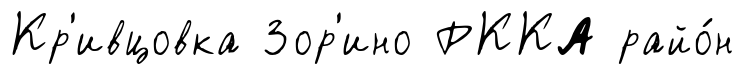
Кр'ивцовка Зор'ино РККА райо́н